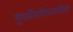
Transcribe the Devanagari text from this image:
तुंगार्लीमार्गेराजमाचीला